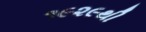
૧૯૨૯થી